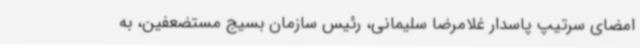
امضای سرتیپ پاسدار غلامرضا سلیمانی، رئیس سازمان بسیج مستضعفین، به